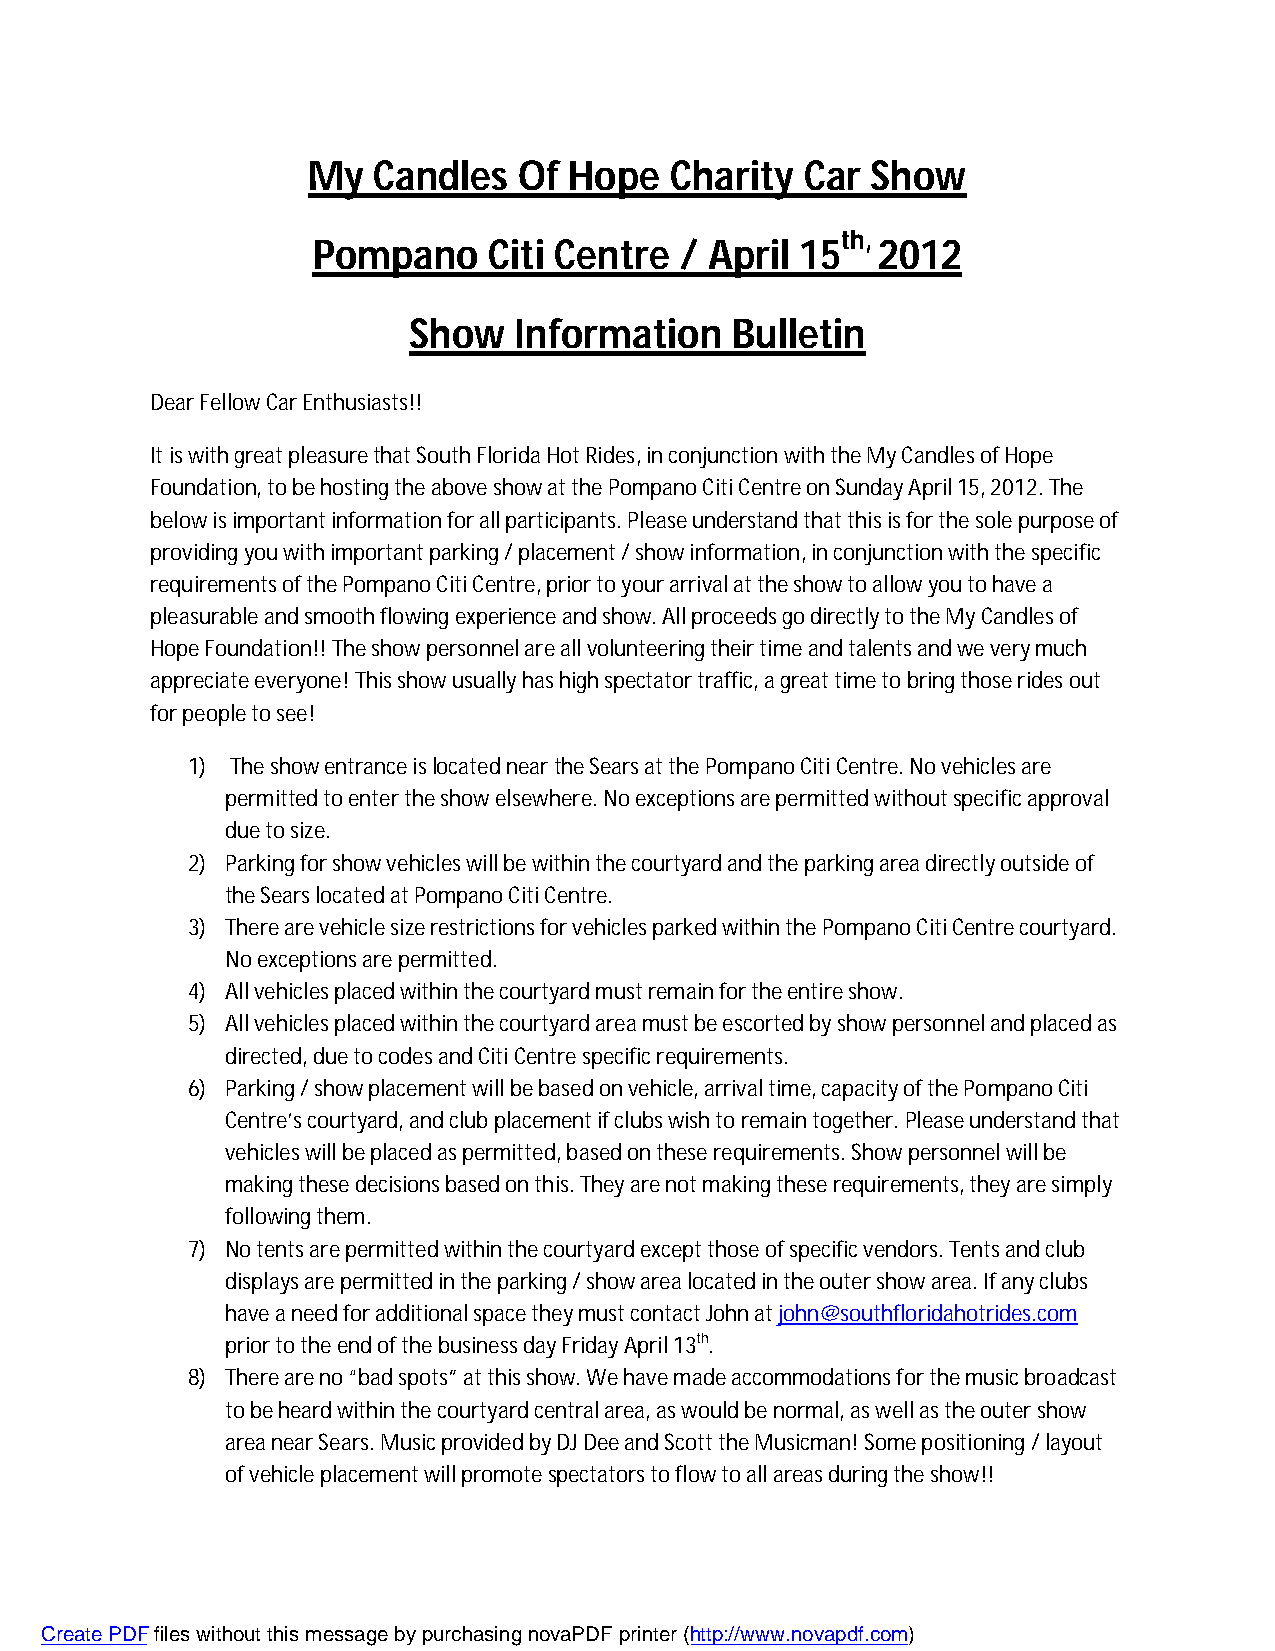
My   Candles  Of  Hope  Charity  Car  Show
 th,
 Pompano    Citi Centre  / April 15   2012
 Show   Information   Bulletin
 Dear Fellow Car Enthusiasts!!
 It is with great pleasure that South Florida Hot Rides, in conjunction with the My Candles of Hope
 Foundation, to be hosting the above show at the Pompano Citi Centre on Sunday April 15, 2012. The
 below is important information for all participants. Please understand that this is for the sole purpose of
 providing you with important parking / placement / show information, in conjunction with the specific
 requirements of the Pompano Citi Centre, prior to your arrival at the show to allow you to have a
 pleasurable and smooth flowing experience and show. All proceeds go directly to the My Candles of
 Hope Foundation!! The show personnel are all volunteering their time and talents and we very much
 appreciate everyone! This show usually has high spectator traffic, a great time to bring those rides out
 for people to see!
 1) The show entrance is located near the Sears at the Pompano Citi Centre. No vehicles are
 permitted to enter the show elsewhere. No exceptions are permitted without specific approval
 due to size.
 2) Parking for show vehicles will be within the courtyard and the parking area directly outside of
 the Sears located at Pompano Citi Centre.
 3) There are vehicle size restrictions for vehicles parked within the Pompano Citi Centre courtyard.
 No exceptions are permitted.
 4) All vehicles placed within the courtyard must remain for the entire show.
 5) All vehicles placed within the courtyard area must be escorted by show personnel and placed as
 directed, due to codes and Citi Centre specific requirements.
 6) Parking / show placement will be based on vehicle, arrival time, capacity of the Pompano Citi
 Centre’s courtyard, and club placement if clubs wish to remain together. Please understand that
 vehicles will be placed as permitted, based on these requirements. Show personnel will be
 making these decisions based on this. They are not making these requirements, they are simply
 following them.
 7) No tents are permitted within the courtyard except those of specific vendors. Tents and club
 displays are permitted in the parking / show area located in the outer show area. If any clubs
 have a need for additional space they must contact John at john@southfloridahotrides.com
 prior to the end of the business day Friday April 13th.
 8) There are no “bad spots” at this show. We have made accommodations for the music broadcast
 to be heard within the courtyard central area, as would be normal, as well as the outer show
 area near Sears. Music provided by DJ Dee and Scott the Musicman! Some positioning / layout
 of vehicle placement will promote spectators to flow to all areas during the show!!
 Create PDF files without this message by purchasing novaPDF printer (http://www.novapdf.com)